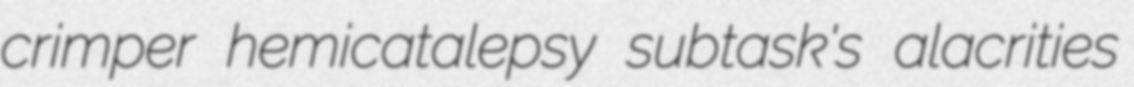
crimper hemicatalepsy subtask's alacrities